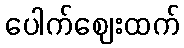
ပေါက်ဈေးထက်